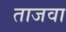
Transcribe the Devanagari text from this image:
ताजवा